Report on vaccination in Madras 1877-1894 - 1877-1894
Year: 1877
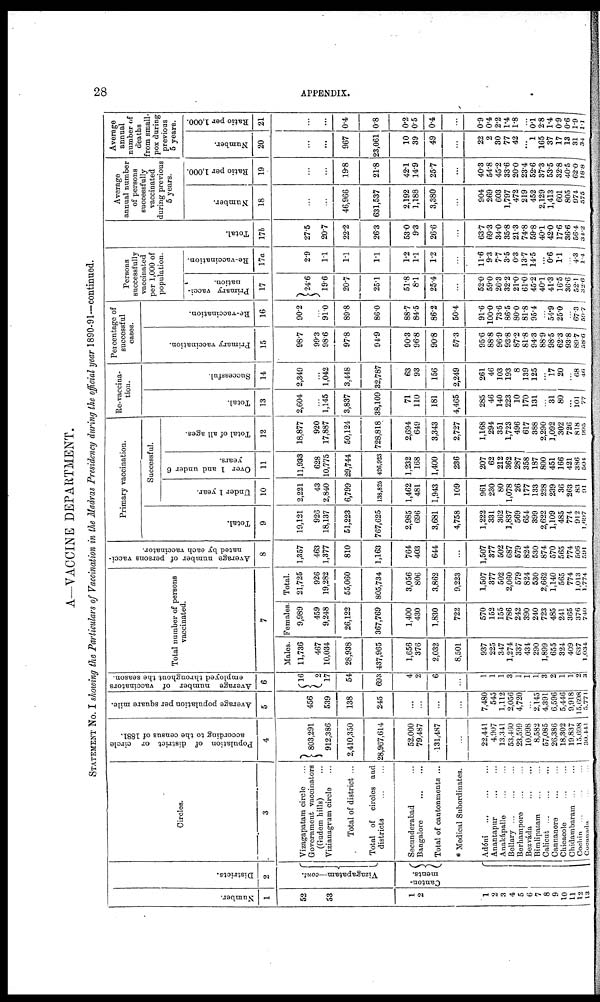
28
APPENDIX.
A—VACCINE DEPARTMENT.
STATEMENT No. I showing the Particulars of Vaccination in the Madras Presidency during the official year 1890-91—continued.
Number.
1
52
53
1
2
1
2
3
4
5
6
7
8
9
10
11
12
13
Districts.
2
Vizagapatam—cont.
Canton-
ments.
Circles.
3
Vizagapatam circle ...
Government vaccinator
(Gudem hills) ...
Vizianagrum circle ...
Total of district ...
Total of circles and
districts ... ...
Secunderabad ...
Bangalore
...
...
Total of cantonments ...
* Medical Subordinates.
Adóni
...
...
...
Anantapur
...
...
Anakápalle ... ...
Bellary ... ...
Berhampore ... ...
Bezváda
...
...
Bimlipatam
...
...
Calicut
...
...
Cannanore ... ...
Chicacole ... ...
Chidambaram ... ...
Cochin ... ...
Cocanada ... ...
Population of district or
circle
according to the census of 1881.
4
803,291
912,386
2,410,350
28,967,614
52,000
79,487
131,487
...
22,441
4,907
13,341
53,460
23,599
10,098
8,582
57,085
26,386
18,302
19,837
15,698
30,441
Average population per square mile.
5
456
539
138
245
...
...
...
...
7,480
545
1,112
2,056
4,720
...
2,145
4,391
6,596
5,446
9,918
15,698
5,771
Average number of vaccinators
employed throughout the season.
6
16
2
17
54
693
4
2
6
...
1
1
1
3
1
1
1
3
2
1
1
2
3
Total number of persons
vaccinated.
7
Males.
11,736
467
10,034
28,938
437,965
1,656
376
2,032
8,501
937
225
347
1,274
337
431
290
1,899
655
324
409
637
1,034
Females.
9,989
459
9,248
26,122
367,769
1,400
430
1,830
722
570
152
155
786
242
390
240
723
485
241
365
376
740
Total.
21,725
926
19,282
55,060
805,734
3,056
806
3,862
9,223
1,507
377
502
2,060
579
824
530
2,662
1,140
565
774
1,013
1,774
Average number of persons vacci-
nated by each vaccinator.
8
1,357
463
1,377
810
1,163
764
403
644
...
1,507
377
502
687
679
824
530
874
570
565
774
506
591
Primary vaccination.
Total.
9
19,121
926
18,137
51,223
767,625
2,985
696
3,681
4,758
1,222
331
362
1,837
569
654
399
2,622
1,109
485
774
912
1,697
Successful.
Under 1 year.
10
2,221
43
2,840
6,799
138,826
1,462
481
1,943
109
961
230
80
1,078
26
177
133
228
239
36
263
83
91
Over 1 and under 6
years.
11
11,933
628
10,775
29,744
426,923
1,232
168
1,400
236
207
62
212
362
287
358
187
800
451
166
421
386
504
Total of all ages.
12
18,877
920
17,887
50,124
728,818
2,694
649
3,343
2,727
1,168
294
351
1,723
496
617
388
2,290
1,092
302
726
818
995
Re-vaccina-
tion.
Total.
13
2,604
...
1,145
3,837
38,109
71
110
181
4,465
285
46
140
223
10
170
131
...
31
80
...
101
77
Successful.
14
2,349
...
1,042
3,448
32,787
63
93
156
2,249
261
46
103
193
8
139
125
...
17
20
...
68
46
Percentage of
successful
cases.
Primary vaccination.
15
98.7
99.3
98.6
97.8
94.9
90.3
96.8
90.8
57.3
95.6
88.8
96.9
93.8
87.2
81.8
94.3
88.9
98.5
62.3
93.8
89.7
58.6
Re-vaccination.
16
90.2
...
91.0
89.8
86.0
88.7
84.5
86.2
50.4
91.6
100.0
73.6
86.5
80.0
81.8
95.4
...
54.9
25.0
...
67.3
59.7
Persons
successfully
vaccinated
per 1,000 of
population.
Primary vacci-
nation.
17
24.6
19.6
20.7
25.1
51.8
8.1
25.4
...
52.0
59.0
26.3
32.2
21.0
61.0
45.2
40.1
41.3
16.5
36.6
52.1
32.6
Re-vaccination.
17a
2.9
1.1
1.1
1.1
1.2
1.1
1.2
...
11.6
9.3
7.7
3.5
0.3
13.7
14.5
...
0.6
1.1
...
4.3
1.4
Total.
17b
27.5
20.7
22.2
26.3
53.0
9.3
26.6
...
63.7
69.3
34.0
35.8
21.3
74.8
59.8
40.1
42.0
17.6
36.6
56.4
34.2
Average
annual number
of persons
successfully
vaccinated
during previous
5 years.
Number.
18
...
...
46,966
631,537
2,192
1,188
3,380
...
904
269
603
1,797
472
219
452
2,129
1,413
601
805
974
575
Ratio per 1,000.
19
...
...
19.8
21.8
42.1
14.9
25.7
...
40.3
54.8
45.2
33.6
20.0
23.4
52.6
37.3
53.5
32.8
40.5
62.0
18.8
Average
annual
number of
deaths
from small-
pox during
previous
5 years.
Number.
20
...
...
967
23,061
10
39
49
...
22
2
30
77
42
...
1
165
37
17
13
31
34
Ratio per 1,000.
21
...
...
0.4
0.8
0.2
0.5
0.4
...
0.9
0.4
2.2
1.4
1.8
...
0.1
2.8
1.4
0.9
0.6
1.9
1.1